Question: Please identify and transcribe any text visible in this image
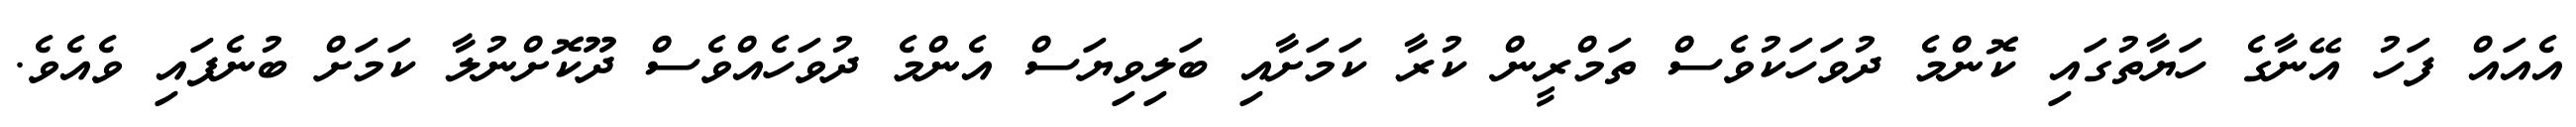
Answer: އެއައް ފަހު އޭނާގެ ހަޔާތުގައި ކޮންމެ ދުވަހަކުވެސް ތަމްރީން ކުރާ ކަމަށާއި ބަލިވިޔަސް އެންމެ ދުވަހެއްވެސް ދޫކޮށްނުލާ ކަމަށް ބުނެފައި ވެއެވެ.